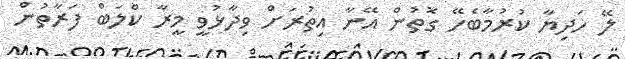
ލޭ ހަދިޔާ ކުރުމާބެހޭ ގޮތުން އޭނާ އިތުރަށް ވިދާޅުވީ މީރާ ކްލަބް ފަރާތުން